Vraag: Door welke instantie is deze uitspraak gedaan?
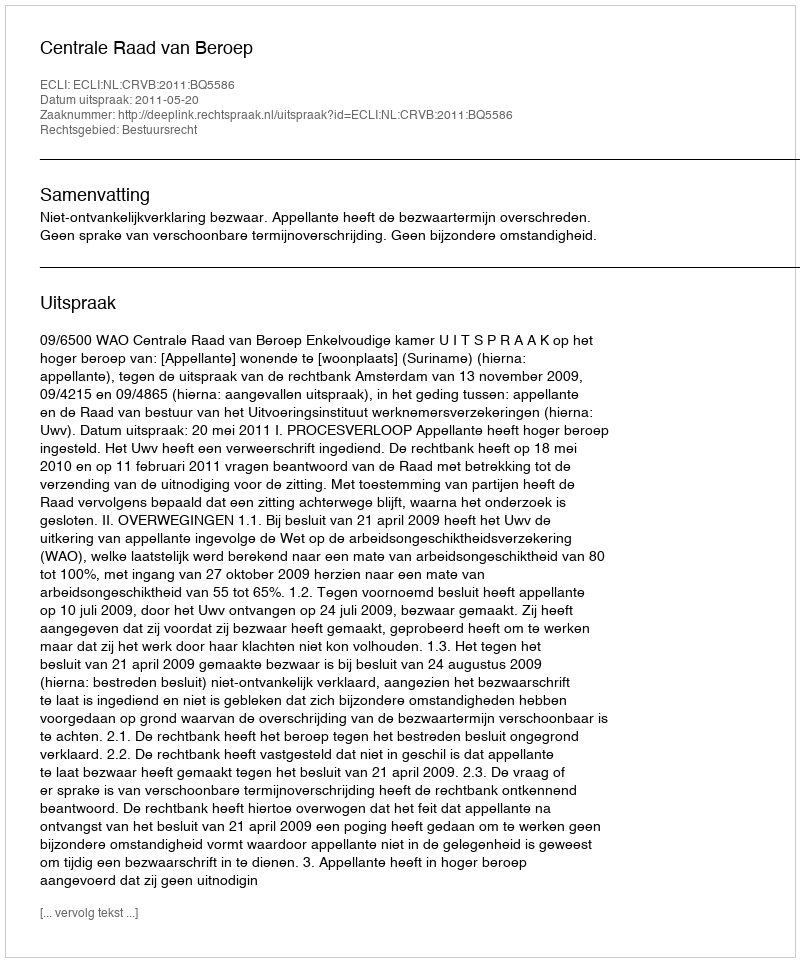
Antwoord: Centrale Raad van Beroep